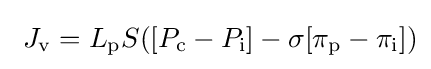
\ J_{\mathrm {v} }=L_{\mathrm {p} }S([P_{\mathrm {c} }-P_{\mathrm {i} }]-\sigma [\pi _{\mathrm {p} }-\pi _{\mathrm {i} }])